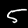
Digit: 5